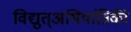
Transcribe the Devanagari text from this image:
विद्युत्अभियांत्रिकी